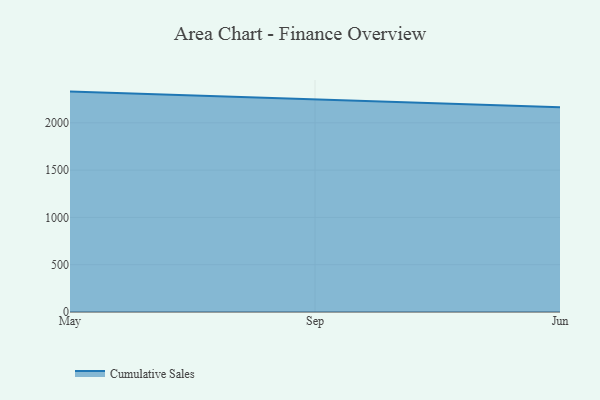
{"axis": {"x": "Month", "y": "Customer Acquisition Cost (USD)"}, "legend": ["Cumulative Sales"], "data": [{"x": "May", "y": 2329.9, "type": "Cumulative Sales"}, {"x": "Sep", "y": 2243.5, "type": "Cumulative Sales"}, {"x": "Jun", "y": 2164.4, "type": "Cumulative Sales"}]}